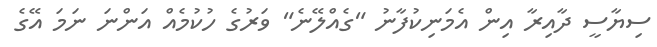
ސިޔާސީ ދާއިރާ އިން އެމަނިކުފާނު "ގެއްލޭނެ" ވަރުގެ ހުކުމެއް އަންނަ ނަމަ އޭގެ